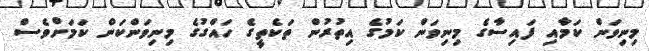
މިނިވަން ކަމާއި ފައިސާގެ މިނިވަން ކަމުގެ އިތުރުން ތަކެތީގެ ހައްގުގެ މިނިވަންކަން ކަމަށްވެސް